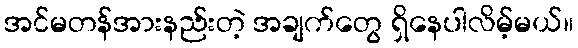
အင်မတန်အားနည်းတဲ့ အချက်တွေ ရှိနေပါလိမ့်မယ်။